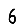
Digit: 6